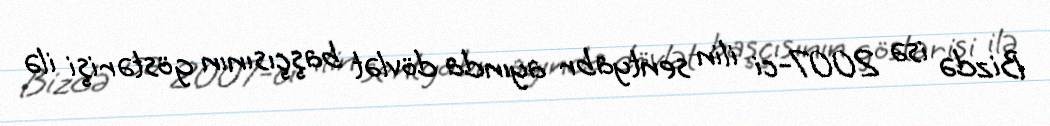
Bizdə isə 2007-ci ilin sentyabr ayında dövlət başçısının göstərişi ilə